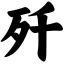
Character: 歼